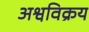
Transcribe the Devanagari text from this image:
अश्वविक्रय